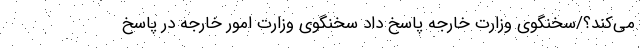
می‌کند؟/سخنگوی وزارت خارجه پاسخ داد سخنگوی وزارت امور خارجه در پاسخ